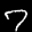
Label: 7